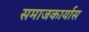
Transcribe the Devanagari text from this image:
समाजकार्यास